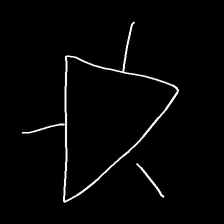
Glyph: fire